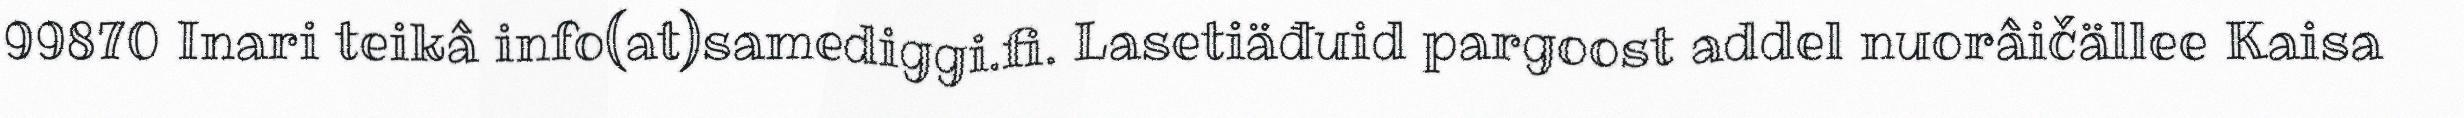
99870 Inari teikâ info(at)samediggi.fi. Lasetiäđuid pargoost addel nuorâičällee Kaisa